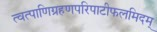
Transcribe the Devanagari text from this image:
त्वत्पाणिग्रहणपरिपाटीफलमिदम्